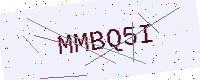
Text: MMBQ5I